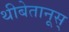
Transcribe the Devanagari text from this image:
थीबेतानूस्